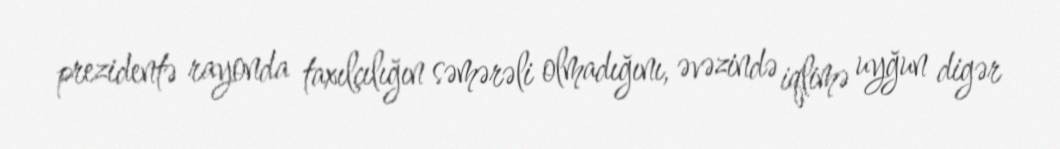
prezidentə rayonda taxılçılığın səmərəli olmadığını, əvəzində iqlimə uyğun digər